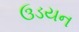
ઉડયન